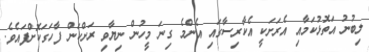
ލިބުނު އަތޮޅުކަމާއި އެރަށަކީ އެކާރިސާގައި އެންމެ ގިނަ މީހުން ނިޔާވި ރަށްކަން ފާހަގަކޮށްފައެވެ.